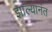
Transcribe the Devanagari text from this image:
झाल्यानंत